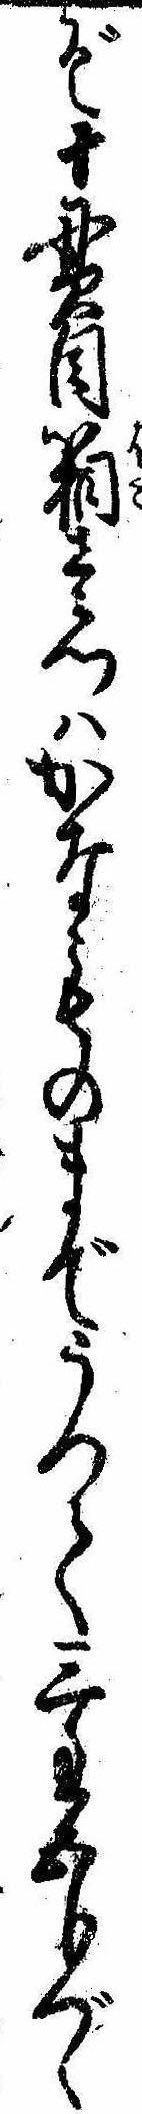
ぞ十貫目箱壱ツはかなものまでうつて三匁五分づゝ